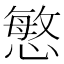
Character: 慜